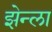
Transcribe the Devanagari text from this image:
झेन्ला